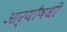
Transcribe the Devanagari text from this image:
आर्यौषधी